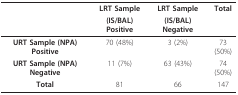
|  | LRT Sample | LRT Sample | Total |
 |  | (IS/BAL) Positive | (IS/BAL) Negative |  |
 | --- | --- | --- | --- |
 | URT Sample (NPA) Positive | 70 (48%) | 3 (2%) | 73 (50%) |
 | URT Sample (NPA) Negative | 11 (7%) | 63 (43%) | 74 (50%) |
 | Total | 81 | 66 | 147 |